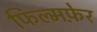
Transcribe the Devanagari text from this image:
फिल्मफ़ेर